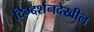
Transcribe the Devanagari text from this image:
दिग्दर्शनदेखील